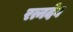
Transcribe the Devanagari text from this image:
रत्नदेव